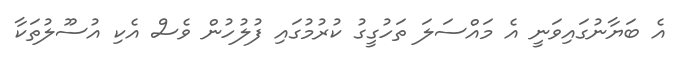
އެ ބަޔާނުގައިވަނީ އެ މައްސަލަ ތަހުގީގު ކުރުމުގައި ފުލުހުން ވެސް އެކި އުސޫލުތަކާ